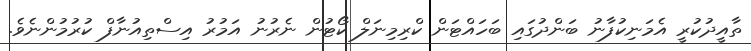
ތާއީދުކުރީ އެމަނިކުފާނު ބަންދުގައި ބަހައްޓަން ކްރިމިނަލް ކޯޓުން ނެރުނު އަމުރު އިސްތިއުނާފް ކުރުމުންނެވެ.